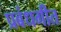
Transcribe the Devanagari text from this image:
प्रबंधगीत